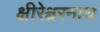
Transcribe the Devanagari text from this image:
क्षीरेश्वरनाथ